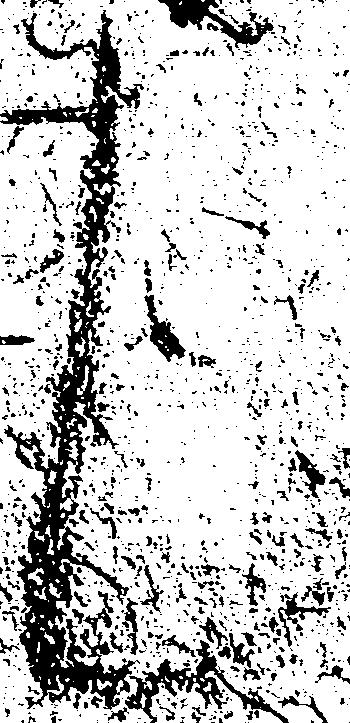
也